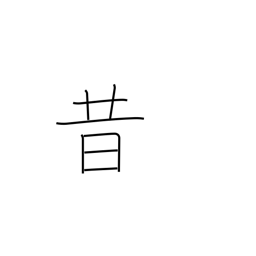
Meaning: old times